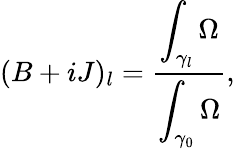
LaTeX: (B+iJ)_{l}=\frac{\displaystyle\int_{\gamma_{l}}\Omega}{\displaystyle\int_{\gamma_{0}}\Omega},